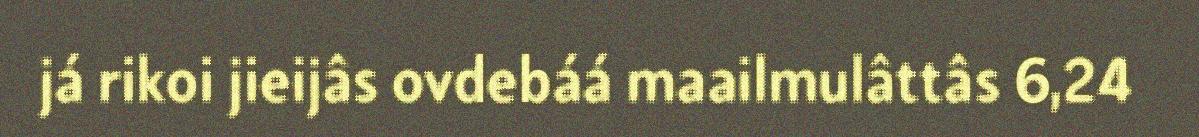
já rikoi jieijâs ovdebáá maailmulâttâs 6,24